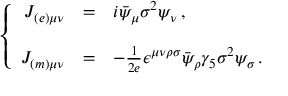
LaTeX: \left\{ \begin{array} { r c l } { { { \cal J } _ { ( e ) \mu \nu } } } & { { = } } & { { i \bar { \psi } _ { \mu } \sigma ^ { 2 } \psi _ { \nu } \, , } } \\ { { } } & { { } } & { { } } \\ { { { \cal J } _ { ( m ) \mu \nu } } } & { { = } } & { { - \frac { 1 } { 2 e } \epsilon ^ { \mu \nu \rho \sigma } \bar { \psi } _ { \rho } \gamma _ { 5 } \sigma ^ { 2 } \psi _ { \sigma } \, . } } \end{array} \right.